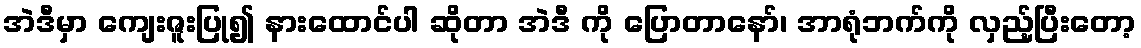
အဲဒီမှာ ကျေးဇူးပြု၍ နားထောင်ပါ ဆိုတာ အဲဒီ ကို ပြောတာနော်၊ အာရုံဘက်ကို လှည့်ပြီးတော့